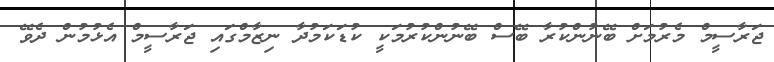
ޖަރާސީމް މެރުމަށް ބޭނުންކުރާ ބޭސް ބޭނުންކުރުމަކީ ކުޑަކަމުދާ ނިޒާމްގައި ޖަރާސީމް އެޅުމުން ދެވޭ